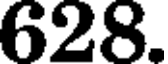
628.